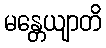
မန္တေယျာတိ